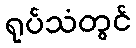
ရုပ်သံတွင်